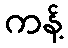
ကန့်